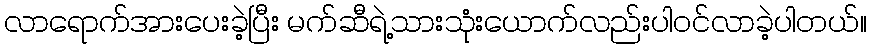
လာရောက်အားပေးခဲ့ပြီး မက်ဆီရဲ့သားသုံးယောက်လည်းပါဝင်လာခဲ့ပါတယ်။